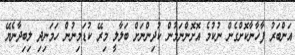
އަންބަރު ފާޚާނާކޮށްގެން ނުކުމެ އޮށޮންނަމުން ކުދިންނަށް ބަލާލީ މިރޭ ކުޑަމިނުން ހަމަނިދި ލިބިދާނެޔޭ